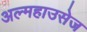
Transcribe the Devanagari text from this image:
अल्महाउसेज